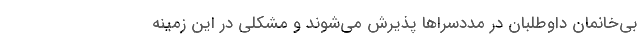
بی‌خانمانِ‌ داوطلبان در مددسراها پذیرش می‌شوند و مشکلی در این زمینه